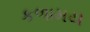
કળામય